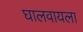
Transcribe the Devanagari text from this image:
घालवायला